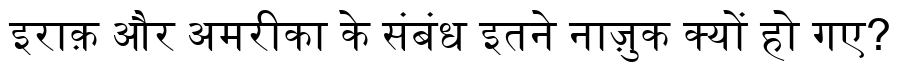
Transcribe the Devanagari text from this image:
इराक़ और अमरीका के संबंध इतने नाज़ुक क्यों हो गए?